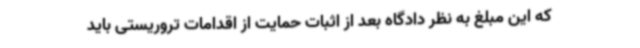
که این مبلغ به نظر دادگاه بعد از اثبات حمایت از اقدامات تروریستی باید